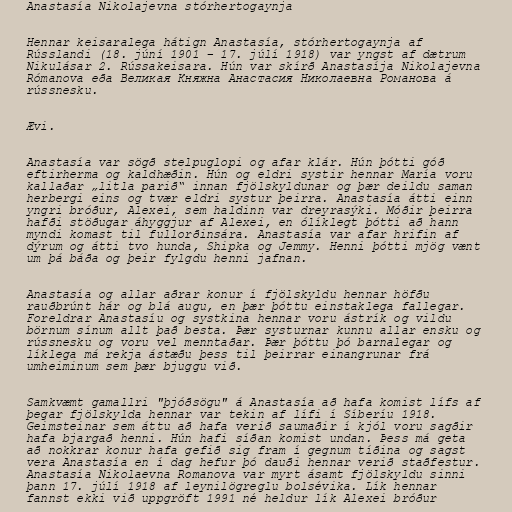
Anastasía Nikolajevna stórhertogaynja

Hennar keisaralega hátign Anastasía, stórhertogaynja af
Rússlandi (18. júní 1901 – 17. júlí 1918) var yngst af dætrum
Nikulásar 2. Rússakeisara. Hún var skírð Anastasíja Nikolajevna
Rómanova eða Великая Княжна Анастасия Николаевна Романова á
rússnesku.

Ævi.

Anastasía var sögð stelpuglopi og afar klár. Hún þótti góð
eftirherma og kaldhæðin. Hún og eldri systir hennar María voru
kallaðar „litla parið“ innan fjölskyldunar og þær deildu saman
herbergi eins og tvær eldri systur þeirra. Anastasía átti einn
yngri bróður, Alexei, sem haldinn var dreyrasýki. Móðir þeirra
hafði stöðugar áhyggjur af Alexei, en ólíklegt þótti að hann
myndi komast til fullorðinsára. Anastasía var afar hrifin af
dýrum og átti tvo hunda, Shipka og Jemmy. Henni þótti mjög vænt
um þá báða og þeir fylgdu henni jafnan.

Anastasía og allar aðrar konur í fjölskyldu hennar höfðu
rauðbrúnt hár og blá augu, en þær þóttu einstaklega fallegar.
Foreldrar Anastasíu og systkina hennar voru ástrík og vildu
börnum sínum allt það besta. Þær systurnar kunnu allar ensku og
rússnesku og voru vel menntaðar. Þær þóttu þó barnalegar og
líklega má rekja ástæðu þess til þeirrar einangrunar frá
umheiminum sem þær bjuggu við.

Samkvæmt gamallri "þjóðsögu" á Anastasía að hafa komist lífs af
þegar fjölskylda hennar var tekin af lífi í Síberíu 1918.
Geimsteinar sem áttu að hafa verið saumaðir í kjól voru sagðir
hafa bjargað henni. Hún hafi síðan komist undan. Þess má geta
að nokkrar konur hafa gefið sig fram í gegnum tíðina og sagst
vera Anastasía en í dag hefur þó dauði hennar verið staðfestur.
Anastasía Nikolaevna Romanova var myrt ásamt fjölskyldu sinni
þann 17. júlí 1918 af leynilögreglu bolsévika. Lík hennar
fannst ekki við uppgröft 1991 né heldur lík Alexei bróður